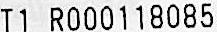
T1 R000118085